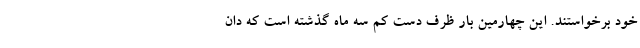
خود برخواستند. این چهارمین بار ظرف دست کم سه ماه گذشته است که دان